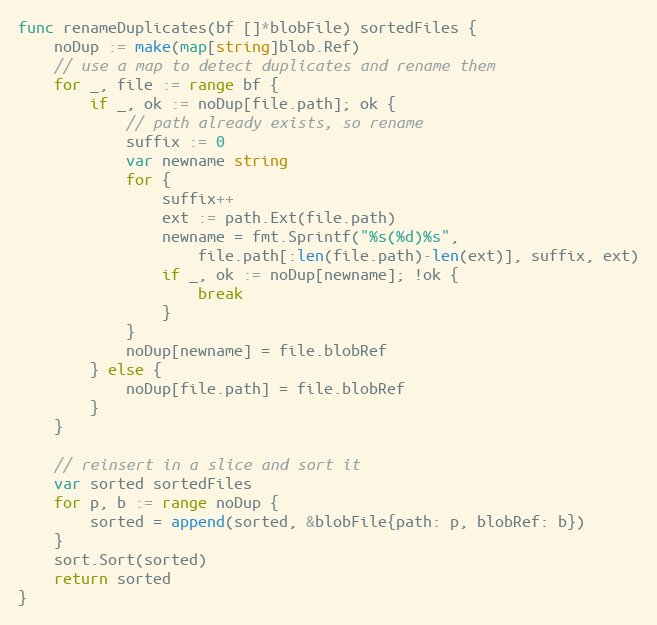
Language: Go
func renameDuplicates(bf []*blobFile) sortedFiles {
	noDup := make(map[string]blob.Ref)
	// use a map to detect duplicates and rename them
	for _, file := range bf {
		if _, ok := noDup[file.path]; ok {
			// path already exists, so rename
			suffix := 0
			var newname string
			for {
				suffix++
				ext := path.Ext(file.path)
				newname = fmt.Sprintf("%s(%d)%s",
					file.path[:len(file.path)-len(ext)], suffix, ext)
				if _, ok := noDup[newname]; !ok {
					break
				}
			}
			noDup[newname] = file.blobRef
		} else {
			noDup[file.path] = file.blobRef
		}
	}

	// reinsert in a slice and sort it
	var sorted sortedFiles
	for p, b := range noDup {
		sorted = append(sorted, &blobFile{path: p, blobRef: b})
	}
	sort.Sort(sorted)
	return sorted
}